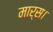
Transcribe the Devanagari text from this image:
मार्स।